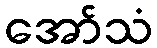
အော်သံ